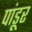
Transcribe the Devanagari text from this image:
पांडूर